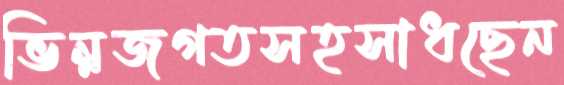
ভিন্নজগতসহসাধছেন